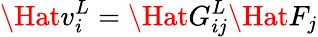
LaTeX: \Hat{v}_{i}^{L}=\Hat{G}_{ij}^{L}\Hat{F}_{j}